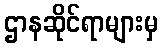
ဌာနဆိုင်ရာများမှ